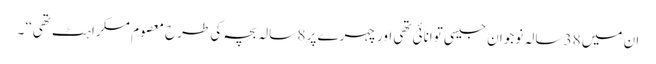
ان میں 38 سالہ نوجوان جیسی توانائی تھی اور چہرے پر 8 سالہ بچہ کی طرح معصوم مسکراہٹ تھی‘‘۔